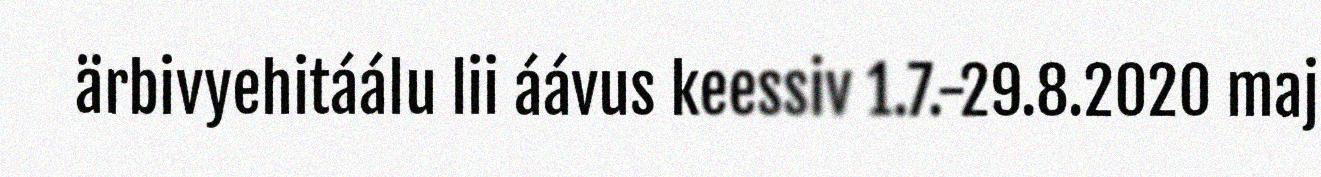
ärbivyehitáálu lii áávus keessiv 1.7.-29.8.2020 maj